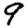
Digit: 9